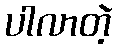
ပါလာတဲ့